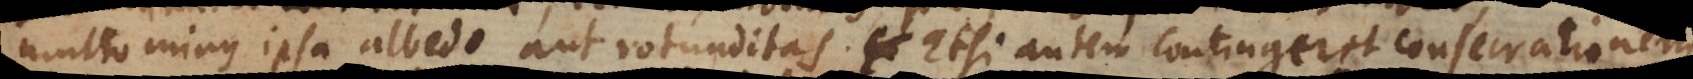
in hoc negotio aut rotunditas. Etsi autem contingeret consecrationem